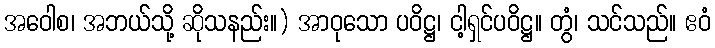
အဝေါစ၊ အဘယ်သို့ ဆိုသနည်း။) အာဝုသော ပဝိဋ္ဌ၊ ငါ့ရှင်ပဝိဋ္ဌ။ တွံ၊ သင်သည်။ ဧဝံ